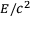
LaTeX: \scriptstyle { E / c ^ { 2 } }